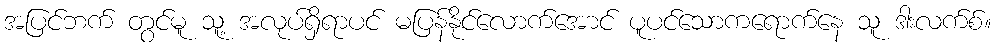
အပြင်ဘက် တွင်မူ သူ့ အလုပ်ရှိရာပင် မပြန်နိုင်လောက်အောင် ပူပင်သောကရောက်နေ သူ ဒါးလက်စ်။